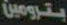
بترومين